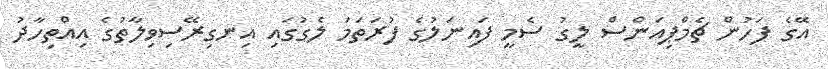
އޭގެ ފަހުން ޗެމްޕިއަންސް ލީގު ސެމީ ފައިނަލުގެ ފުރަތަމަ ލެގުގައި އިނގިރޭސިވިލާތުގެ އިއްތިހާދު